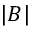
| B |